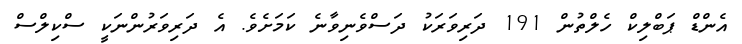
އެންޑް ޕަބްލިކް ހެލްތުން 191 ދަރިވަރަކު ދަސްވެނިވާނެ ކަމަށެވެ. އެ ދަރިވަރުންނަކީ ސްކިލްސް